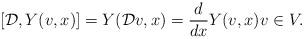
LaTeX: \begin{align*}[\mathcal{D},Y(v,x)]=Y(\mathcal D v,x)=\frac{d}{dx}Y(v,x)v\in V.\end{align*}